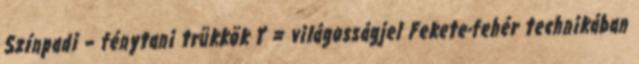
Színpadi – fénytani trükkök Y = világosságjel Fekete-fehér technikában